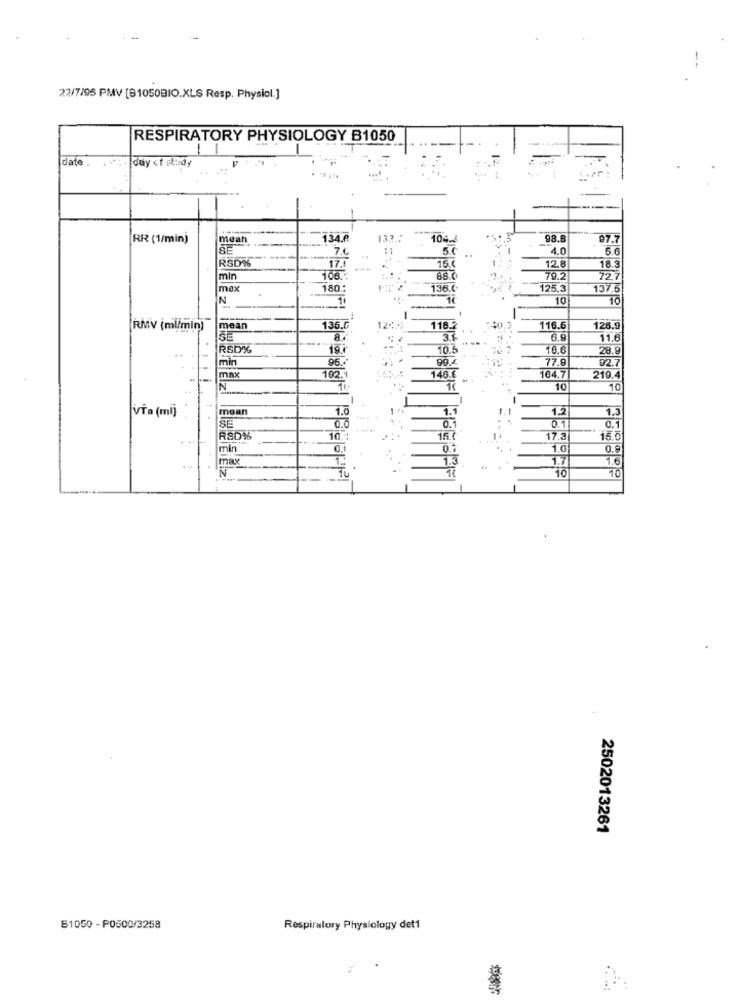
22/7/95 PMV [B1050BIO.XLS Resp. Physiol.]
RESPIRATORY PHYSIOLOGY B1050
date .
day ct study
.. .
-
RR (1/min)
meah
134.6
133:
104.2
98.8
97.7
SE
76
5.C
4.0
5.6
RSD%
17.1
15.0
12.
18.3
min
108.
88.0
79.2
727
mex
180:
136.0
125.3
137.5
N
10
10
==
RMV (ml/min)
mean
136.G
12.
118
0.3
116.6
125.9
35
6.9
11.6
R50%
19.0
10.5
18.6
28.9
min
99.
77.0
92.7
192.
96.
max
146.€
164.7
219.4
BIO CE EIZI
10
10
VTa (ml)
mean
1.0
-
1.1
-
1.2
1.3
SEI
0.0
0.1
0.11
0.1
RSD%
10 :
15.
..-
17.3
15.0
min
0.1
0.
1.0
0.9
max
1.3
1.7
1.6
N
TI
.
10
10
2502013261
61050 - P0500/3258
Respiratory Physiology det1